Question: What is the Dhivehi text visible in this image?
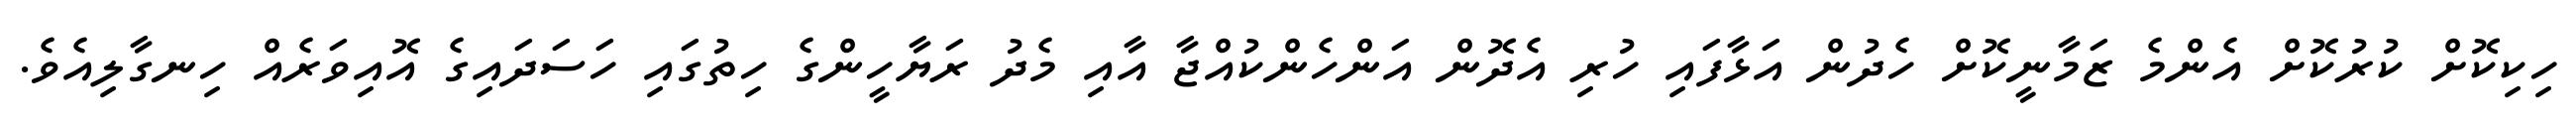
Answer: ހިކިކޮށް ކުރުކޮށް އެންމެ ޒަމާނީކޮށް ހެދުން އަޅާފައި ހުރި އެދޮން އަންހެންކުއްޖާ އާއި މެދު ރަޔާހީންގެ ހިތުގައި ހަސަދައިގެ އޮއިވަރެއް ހިނގާލިއެވެ.